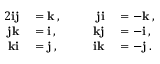
\begin{array} { r l r l } { { 2 } \mathbf { i j } } & { { } = \mathbf { k } \, , } & { \qquad \mathbf { j i } } & { { } = - \mathbf { k } \, , } \\ { \mathbf { j k } } & { { } = \mathbf { i } \, , } & { \mathbf { k j } } & { { } = - \mathbf { i } \, , } \\ { \mathbf { k i } } & { { } = \mathbf { j } \, , } & { \mathbf { i k } } & { { } = - \mathbf { j } \, . } \end{array}